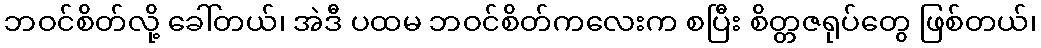
ဘဝင်စိတ်လို့ ခေါ်တယ်၊ အဲဒီ ပထမ ဘဝင်စိတ်ကလေးက စပြီး စိတ္တဇရုပ်တွေ ဖြစ်တယ်၊